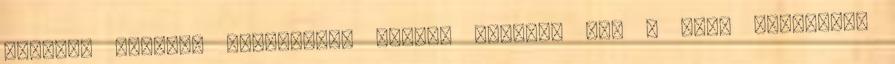
Kevésbé fejlett országokba utazók mintegy 60% - ánál fertőzött